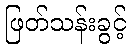
ဖြတ်သန်းခွင့်